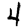
Digit: 4